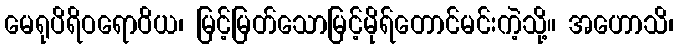
မေရုပိရိဝရောဝိယ၊ မြင့်မြတ်သောမြင့်မိုရ်တောင်မင်းကဲ့သို့။ အဟောသိ၊